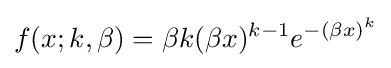
f(x;k,\beta )=\beta k({\beta x})^{k-1}e^{-(\beta x)^{k}}